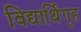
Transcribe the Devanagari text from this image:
विद्यार्थिगॄह